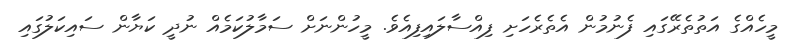
މީހެއްގެ އަތުތެރޭގައި ފެނުމުން އެތެރެހަށި ފިއްސާލައިފިއެވެ. މީހުންނަށް ސަމާލުކަމެއް ނުދީ ކަޔާން ސައިކަލުގައި